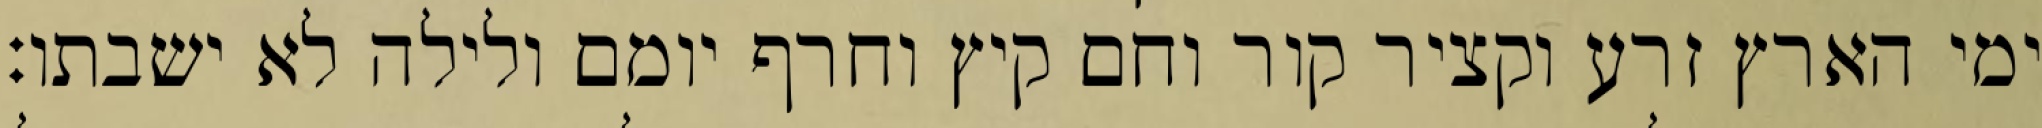
ימי הארץ זרע וקציר קור וחם קיץ וחרף יומם ולילה לא ישבתו׃